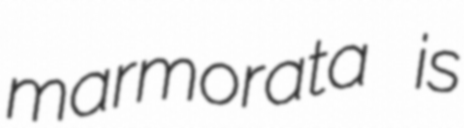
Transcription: marmorata is